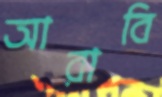
আরাবি